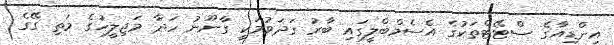
އިންޑިއާގެ ސްޓޭޓްތަކުގެ އެސެމްބްލީގައި ބާރު ގަދަވުމަކީ ގާނޫނު ހަދާ މަޖިލީހުގެ މަތި ގޭގެ